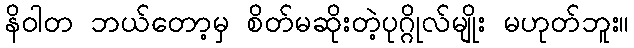
နိဝါတ ဘယ်တော့မှ စိတ်မဆိုးတဲ့ပုဂ္ဂိုလ်မျိုး မဟုတ်ဘူး။